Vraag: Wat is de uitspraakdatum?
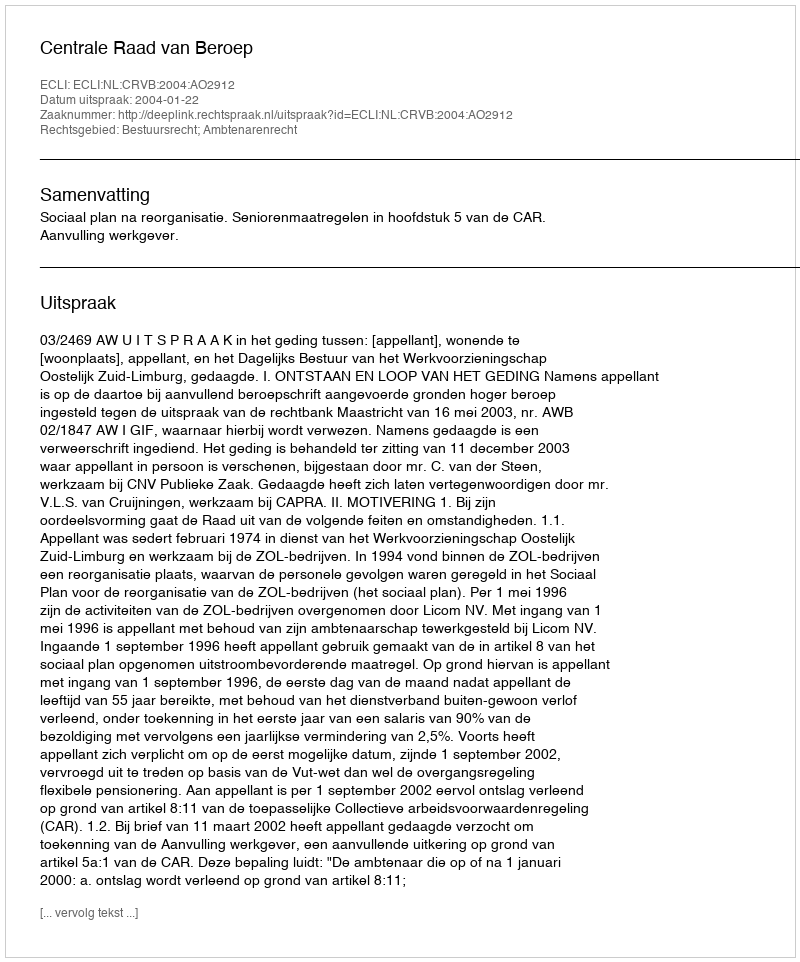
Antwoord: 2004-01-22